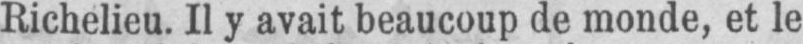
Richelieu. Il y avait beaucoup de monde, et le